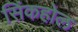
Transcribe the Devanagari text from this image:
सिंकहोल